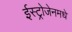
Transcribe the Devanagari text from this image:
ईस्ट्रोजेनमधे